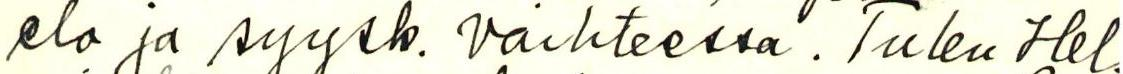
elo ja syysk. vaihteessa. Tulen Hel.